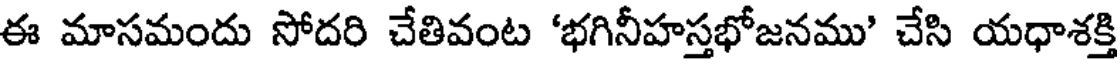
ఈ మాసమందు సోదరి చేతివంట 'భగినీహస్తభోజనము' చేసి యధాశక్తి